Anatomy and histology of ticks - Number 23
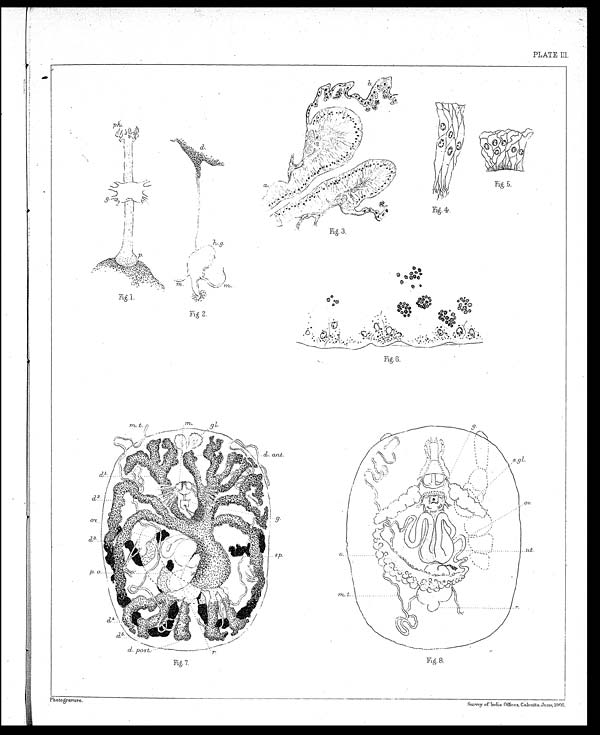
PLATE III.
Fig. 4.
Fig. 5.
Fig. 3.
Fig 2.
Fig. 1.
Fig. 6.
Fig. 7.
Fig 8.
Photogravure.
Survey of India Offices, Calcutta, June 1905.